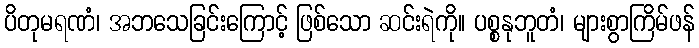
ပိတုမရဏံ၊ အဘသေခြင်းကြောင့် ဖြစ်သော ဆင်းရဲကို။ ပစ္စနုဘူတံ၊ များစွာကြိမ်ဖန်